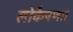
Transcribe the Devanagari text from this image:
लोकैषणा।